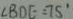
\angle B D E = 7 5 ^ { \circ }